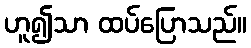
ဟူ၍သာ ထပ်ပြောသည်။